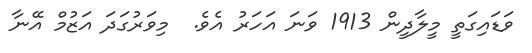
ވަޑައިގަތީ މީލާދީން 1913 ވަނަ އަހަރު އެވެ.  މިވަރުގަދަ އަޒުމް އޭނާ